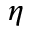
\eta